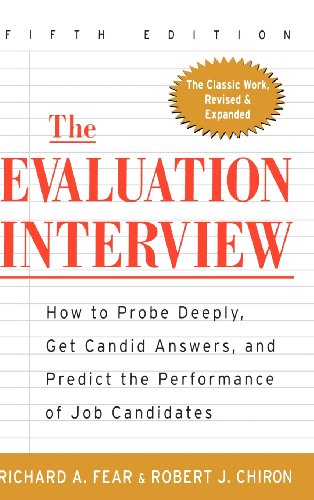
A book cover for The Evaluation Interview : How to Probe Deeply, Get Candid Answers, and Predict the Performance of Job Candidates; Richard Fear; Business & Money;